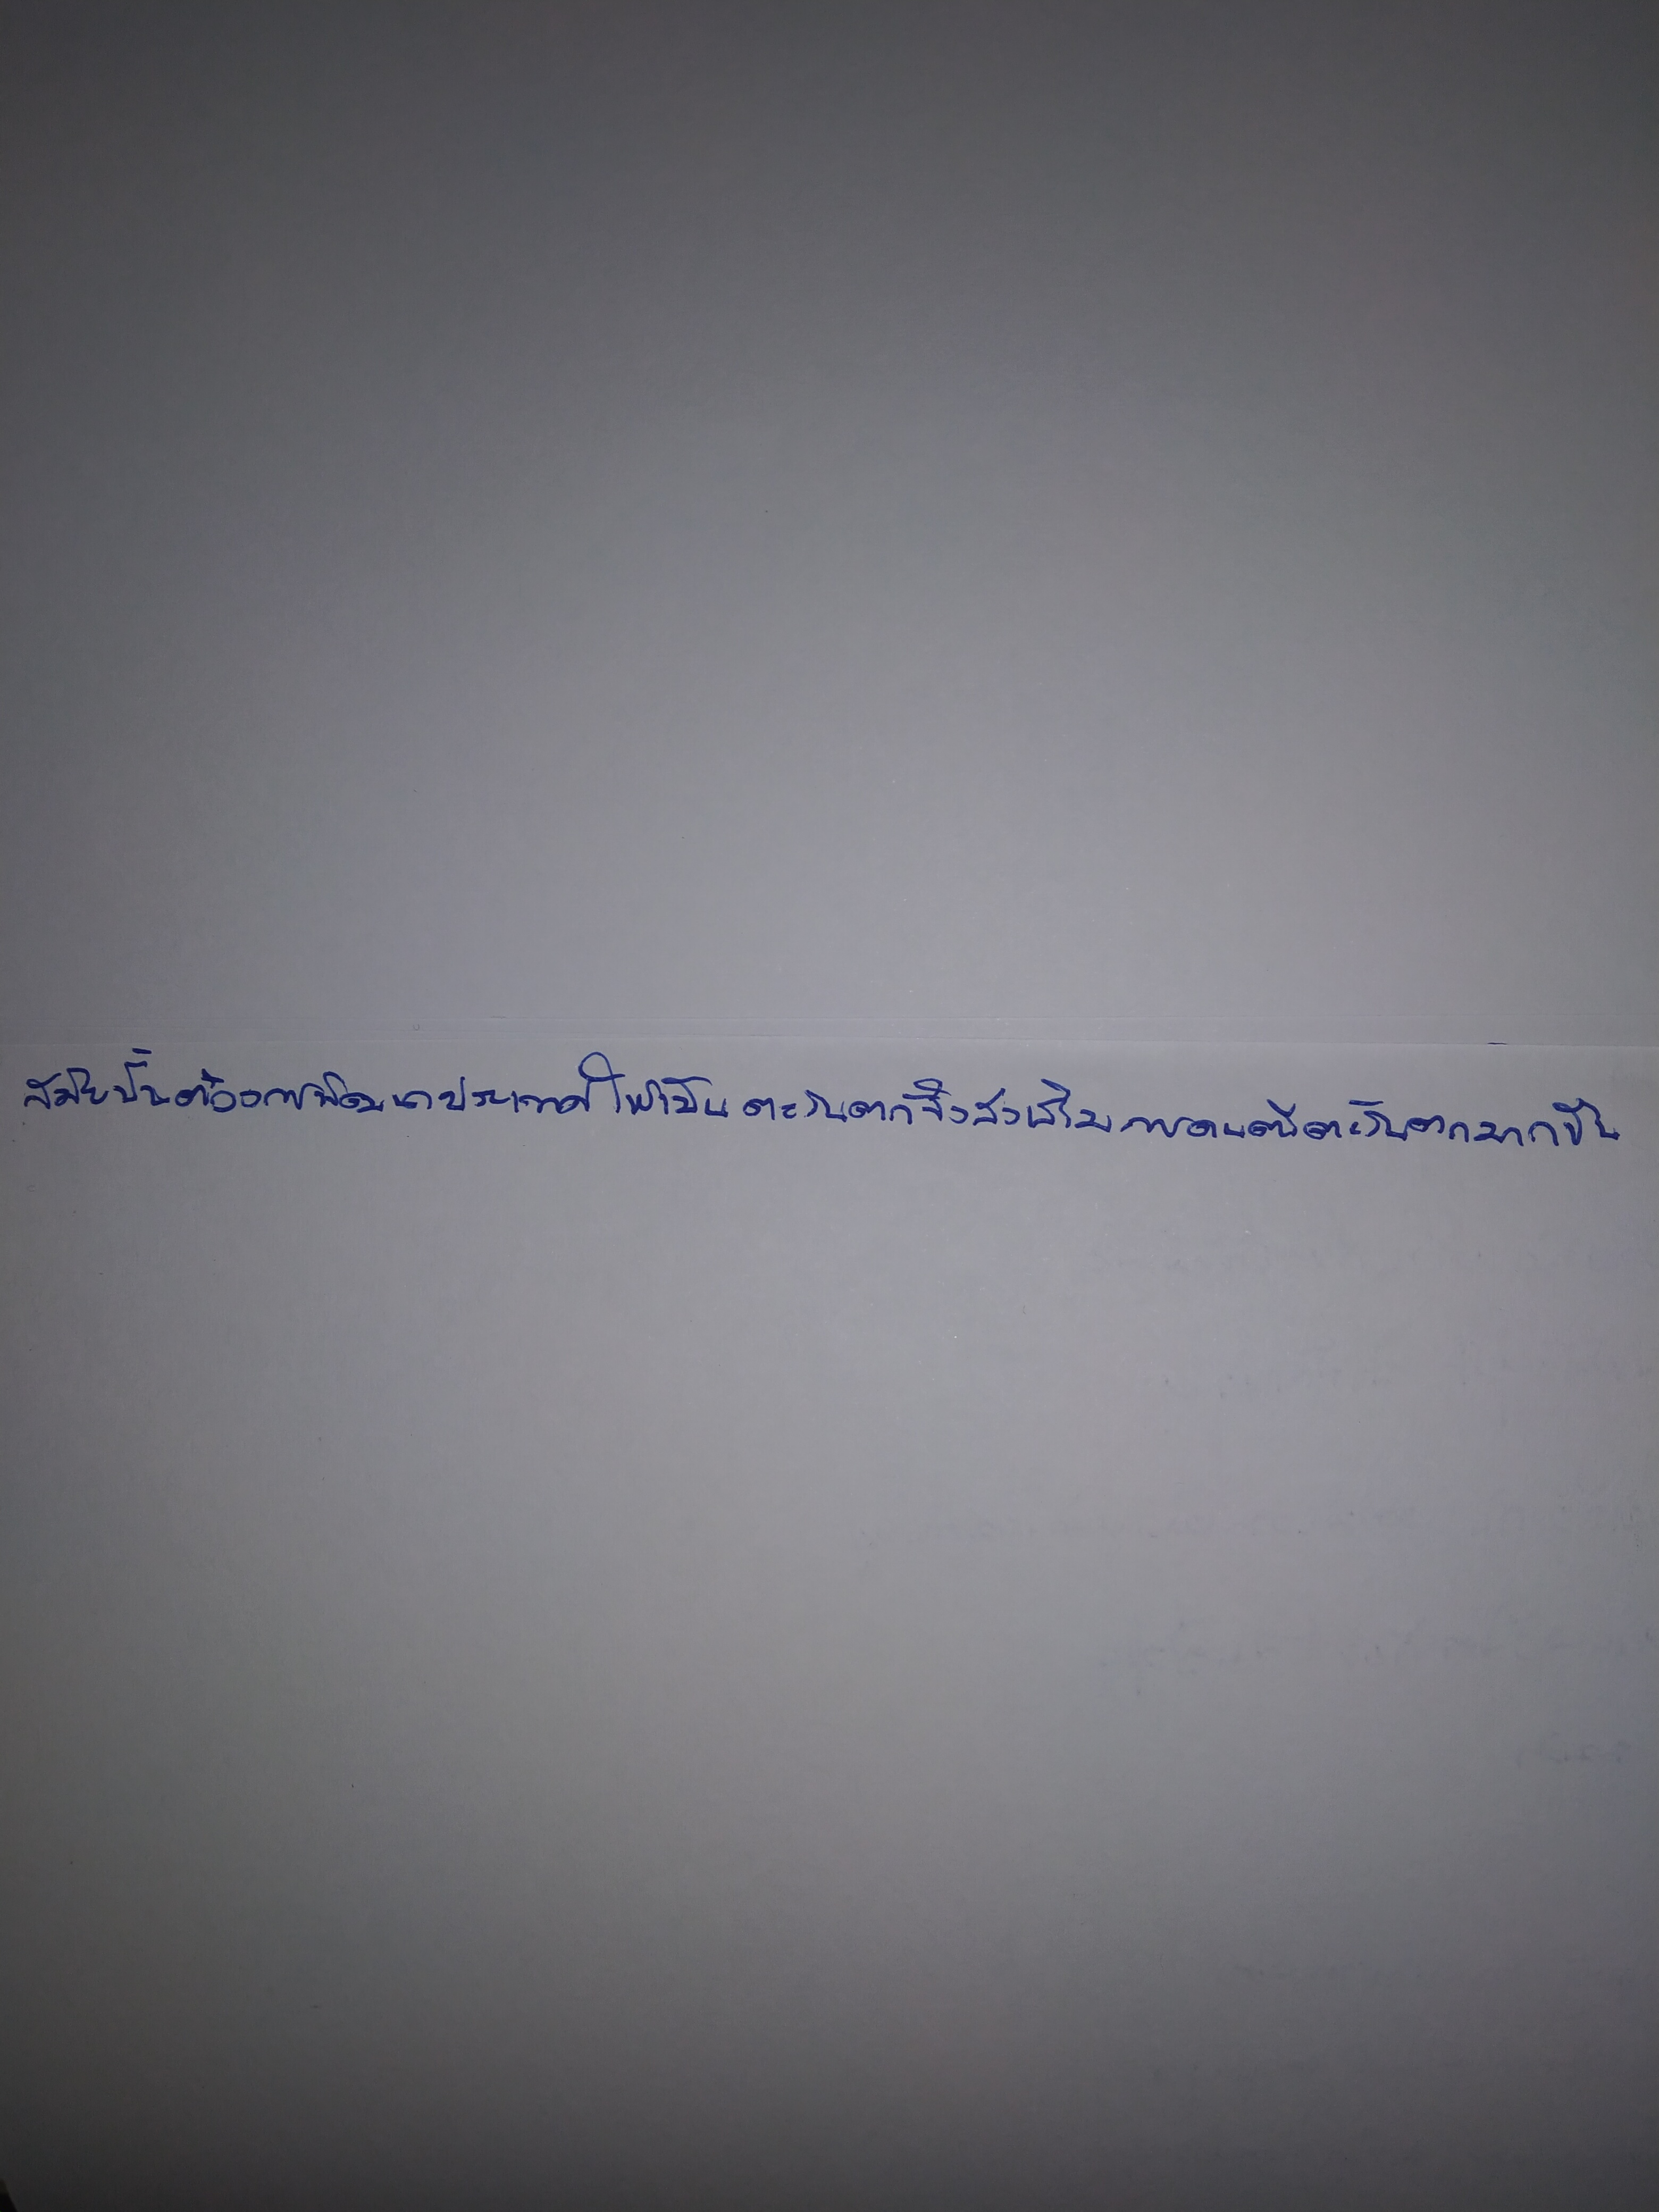
สมัยนั้นต้องการพัฒนาประเทศให้เป็นตะวันตกจึงส่งเสริมการดนตรีตะวันตกมากขึ้น